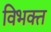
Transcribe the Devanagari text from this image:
विभक्‍त